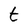
Character: t